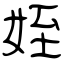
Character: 姪